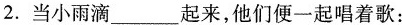
2.当小雨滴___起来，他们便-起唱着歌：